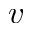
v